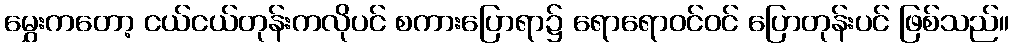
မွှေးကတော့ ငယ်ငယ်တုန်းကလိုပင် စကားပြောရာ၌ ရောရောဝင်ဝင် ပြောတုန်းပင် ဖြစ်သည်။